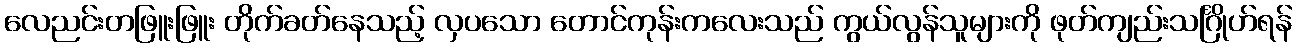
လေညင်းတဖြူးဖြူး တိုက်ခတ်နေသည့် လှပသော တောင်ကုန်းကလေးသည် ကွယ်လွန်သူများကို ဖုတ်ကျည်းသင်္ဂြိုဟ်ရန်